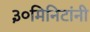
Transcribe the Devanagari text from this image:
३०मिनिटांनी